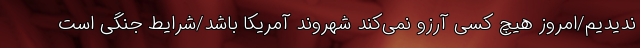
ندیدیم/امروز هیچ کسی آرزو نمی‌کند شهروند آمریکا باشد/شرایط جنگی است